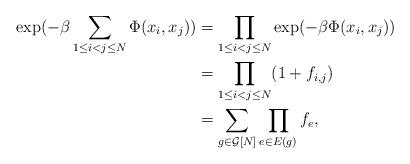
LaTeX: \begin{align*}\exp(-\beta \sum_{1 \leq i<j \leq N} \Phi(x_i,x_j)) &= \prod\limits_{1 \leq i<j \leq N} \exp(-\beta \Phi(x_i,x_j)) \\&= \prod\limits_{1 \leq i<j \leq N} (1+f_{i,j}) \\&= \sum\limits_{g \in \mathcal{G}[N]}\prod\limits_{e \in E(g)} f_e, \end{align*}